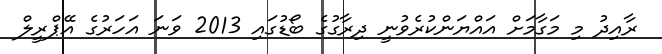
ރާއިދު މި މަގާމަށް އައްޔަންކުރެވުނީ ދިރާގުގެ ބޯޑުގައި 2013 ވަނަ އަހަރުގެ އޭޕްރީލް